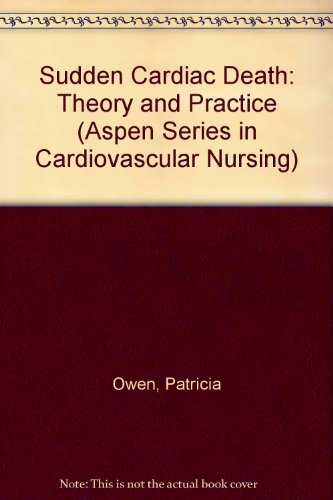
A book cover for Sudden Cardiac Death: Theory and Practice (Aspen Series in Cardiovascular Nursing); Patricia Owen; Medical Books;